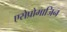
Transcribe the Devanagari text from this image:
एसेप्रोमाजिन